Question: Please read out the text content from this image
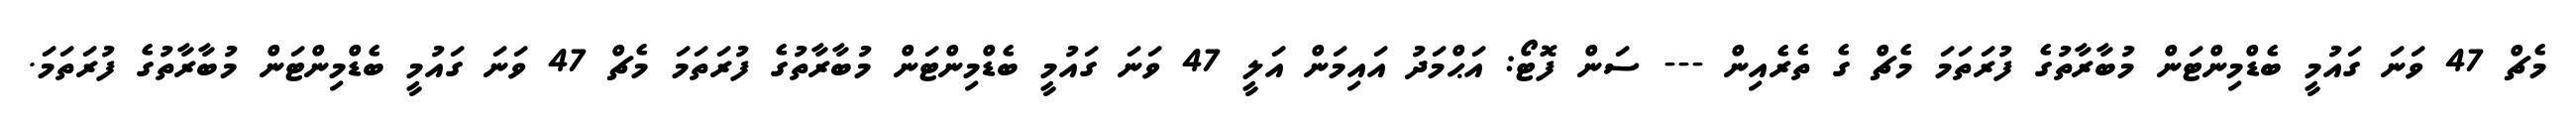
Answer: މެޗް 47 ވަނަ ގައުމީ ބެޑްމިންޓަން މުބާރާތުގެ ފުރަތަމަ މެޗް ގެ ތެރެއިން --- ސަން ފޮޓޯ: އަޙްމަދު އައިމަން އަލީ 47 ވަނަ ގައުމީ ބެޑްމިންޓަން މުބާރާތުގެ ފުރަތަމަ މެޗް 47 ވަނަ ގައުމީ ބެޑްމިންޓަން މުބާރާތުގެ ފުރަތަމަ.